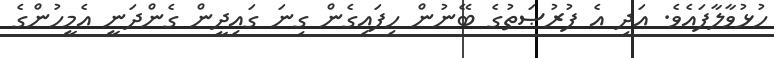
ހުޅުވާލާފައެވެ. އަދި އެ ފުރުޞަތުގެ ބޭނުން ހިފައިގެން ގިނަ ގައިދީން ގެންދަނީ އެމީހުންގެ